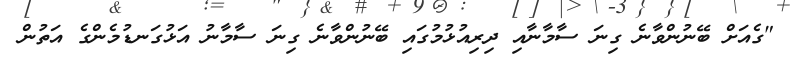
"ގެއަށް ބޭނުންވާނެ ގިނަ ސާމާނާއި ދިރިއުޅުމުގައި ބޭނުންވާނެ ގިނަ ސާމާނު އަޅުގަނޑުމެންގެ އަތުން